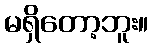
မရှိတော့ဘူး။